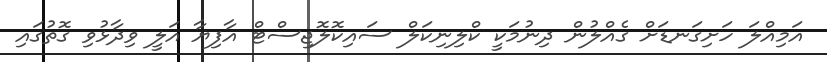
އަމިއްލަ ހަށިގަނޑަށް ގެއްލުން ދިނުމަކީ ކްލިނިކަލް ސައިކޮލޮޖިސްޓް އާފިޔާ އަލީ ވިދާޅުވި ގޮތުގައި